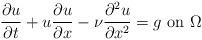
LaTeX: \begin{align*}\displaystyle{ \frac{\partial u}{\partial t}+ u \frac{\partial u}{\partial x}-\nu \frac{\partial^2 u}{\partial x^2}=g}\mbox{ on } \Omega\\\end{align*}